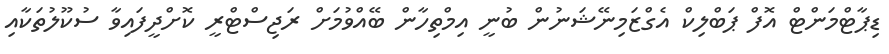
ޑިޕާޓްމަންޓް އޮފް ޕަބްލިކް އެގްޒަމިނޭޝަނުން ބުނީ އިމްތިހާން ބޭއްވުމަށް ރަޖިސްޓްރީ ކޮށްދީފައިވާ ސުކޫލުތަކާއި